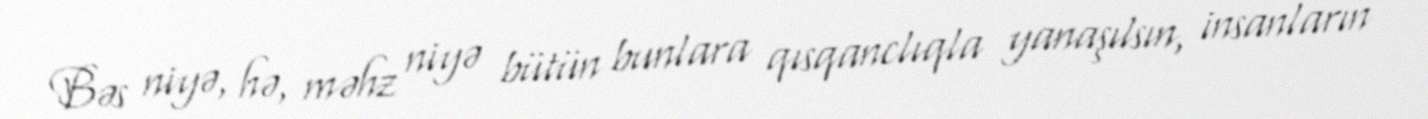
Bəs niyə, hə, məhz niyə bütün bunlara qısqanclıqla yanaşılsın, insanların